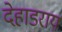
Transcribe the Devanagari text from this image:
देहाडराय